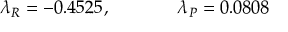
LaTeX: \lambda _ { R } = - 0 . 4 5 2 5 , ~ ~ ~ ~ ~ ~ ~ ~ ~ ~ ~ \lambda _ { P } = 0 . 0 8 0 8